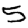
Digit: 5